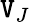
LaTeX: \mathtt{V}_{J}